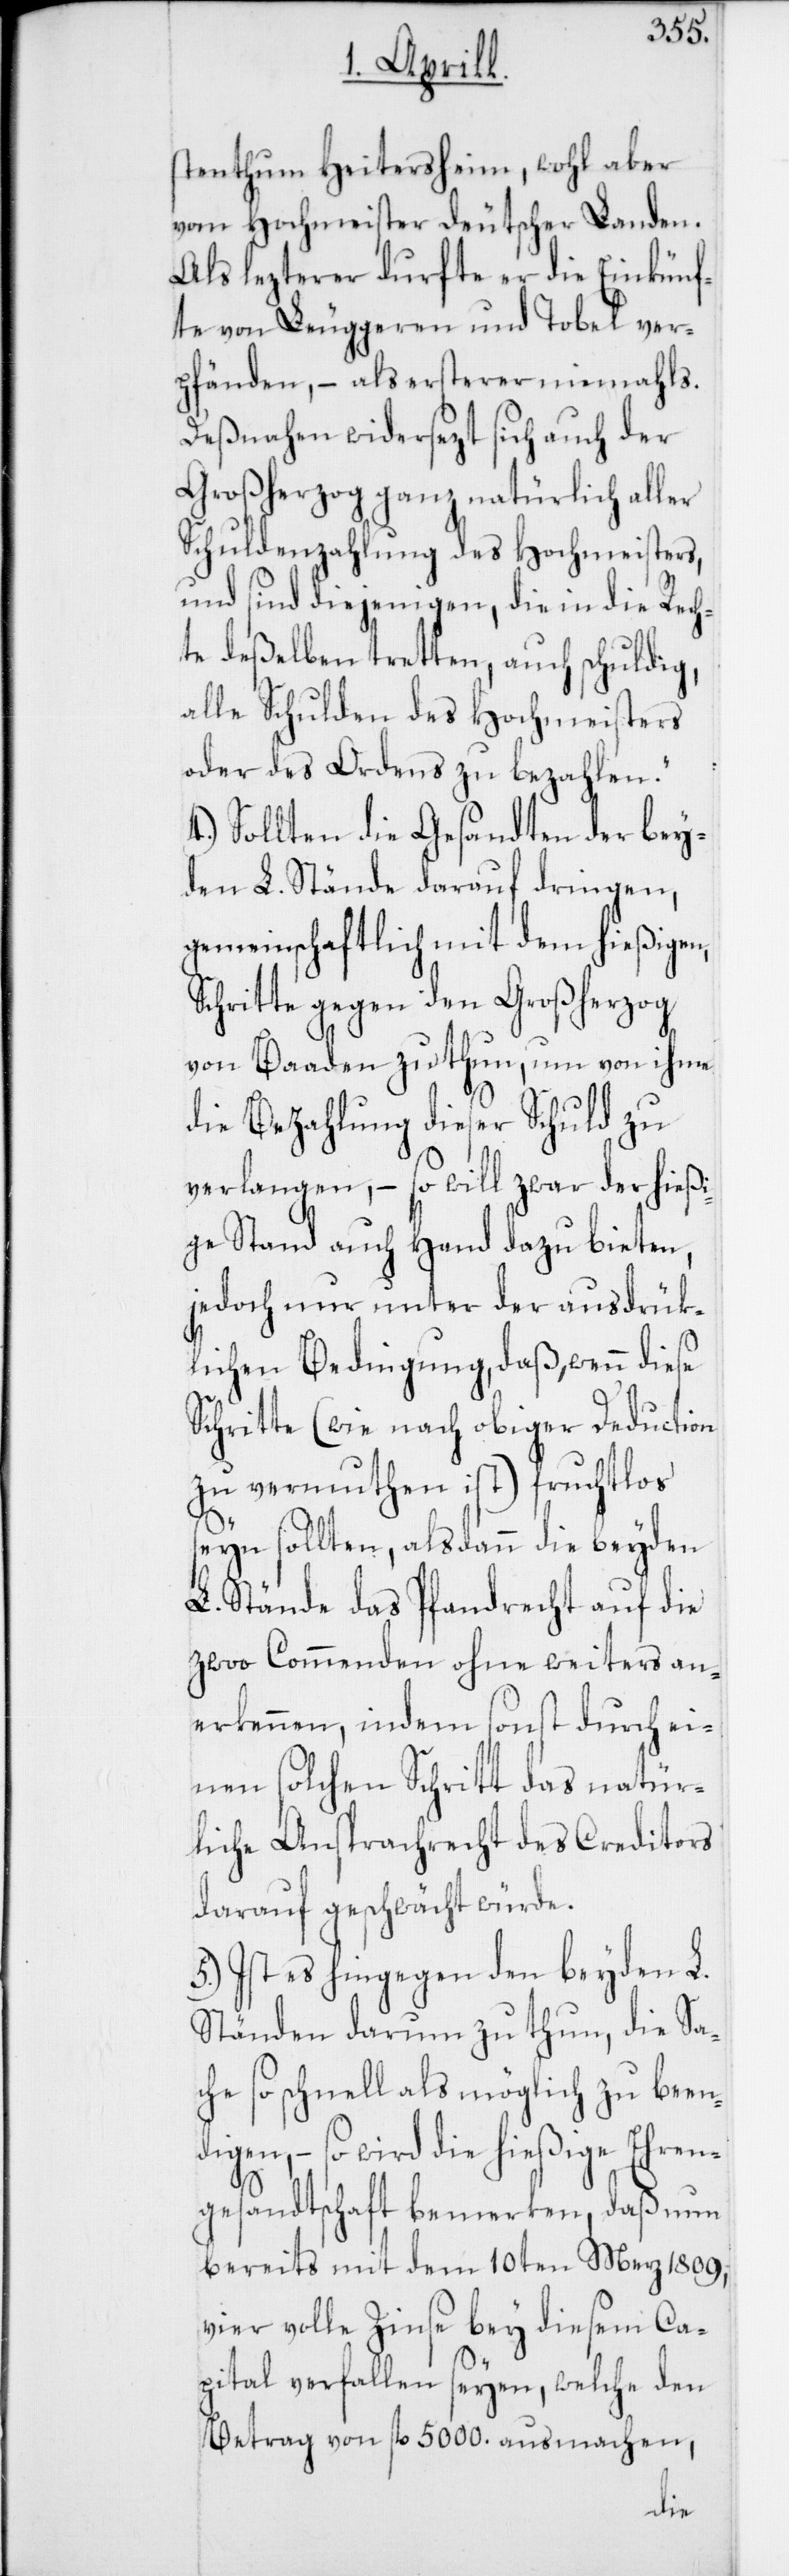
stenthum Heitersheim, wohl aber
vom Hochmeister deutscher Landen.
Als lezterer durfte er die Einkünf¬
te von Leuggern und Tobel ver¬
pfänden, – als ersterer niemahls.
Deßnahen widersezt sich auch der
Großherzog ganz natürlich aller
Schuldenzahlung des Hochmeisters,
und sind diejenigen, die in die Rech¬
te deßelben tretten, auch schuldig,
alle Schulden des Hochmeisters
oder des Ordens zu bezahlen“.
4.) Sollten die Gesandten der bey¬
den L. Stände darauf dringen,
gemeinschaftlich mit dem hießigen
Schritte gegen den Großherzog
von Baaden zu thun, um von ihme
die Bezahlung dieser Schuld zu
verlangen, – so will zwar der hießi¬
ge Stand auch Hand dazu bieten,
jedoch nur unter der ausdrük¬
lichen Bedingung, daß, wenn diese
Schritte (wie nach obriger Deduction
zu vermuthen ist) fruchtlos
seyn sollten, alsdann die beyden
L. Stände das Pfandrecht auf die
zwo Commenden ohne weiters an¬
erkennen, indem sonst durch ei¬
nen solchen Schritt das natür¬
liche Ansprachrecht des Creditors
darauf geschwächt würde.
5.) Ist es hingegen den beyden L.
Ständen darum zu thun, die Sa¬
che so schnell als möglich zu been¬
digen, – so wird die hießige Ehren¬
gesandtschaft bemerken, daß nun
bereits mit dem 10ten Merz 1809,
vier volle Zinse bey diesem Ca¬
pital verfallen seyen, welche den
Betrag von fl. 5000 ausmachen,